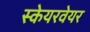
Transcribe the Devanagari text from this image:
स्केयरवेयर